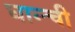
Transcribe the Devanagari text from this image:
घान्ची